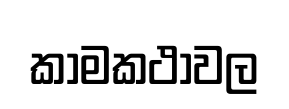
කාමකථාවල